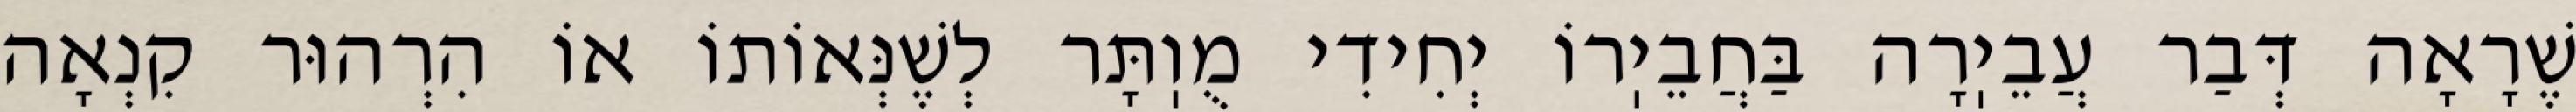
שֶׁרָאָה דְּבַר עֲבֵיֽרָה בַּחֲבֵיֽרוֹ יְחִידִי מֻוֽתָּר לְשֶׁנְּאוֹתוֹ אוֹ הִרְהוּר קִנְאָה